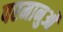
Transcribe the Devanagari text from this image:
परमानुओं